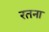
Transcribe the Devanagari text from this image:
रतना